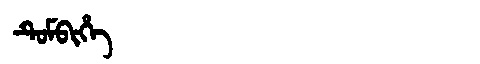
Manchu: ᡨᡠᠮᠪᡳᡥᡝ
Romanization: TUMBIHE